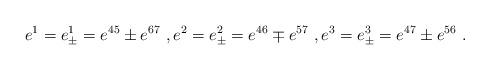
LaTeX: \begin{align*} e^1=e^1_\pm=e^{45}\pm e^{67}\ ,e^2=e^2_\pm=e^{46}\mp e^{57}\ ,e^3=e^3_\pm=e^{47}\pm e^{56}\ .\end{align*}